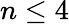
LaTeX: n\leq 4